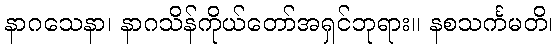
နာဂသေနာ၊ နာဂသိန်ကိုယ်တော်အရှင်ဘုရား။ နစသင်္ကမတိ၊